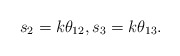
\begin{align*} s_2 = k \theta_{12}, s_3 = k \theta_{13}.\end{align*}